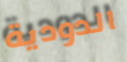
الدودية